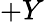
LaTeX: +Y